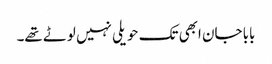
بابا جان ابھی تک حویلی نہیں لوٹے تھے۔